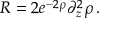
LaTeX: R = 2 e ^ { - 2 \rho } \partial _ { z } ^ { 2 } \rho \, .